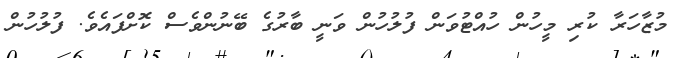
މުޒާހަރާ ކުރި މީހުން ހުއްޓުވަން ފުލުހުން ވަނީ ބާރުގެ ބޭނުންވެސް ކޮށްފައެވެ. ފުލުހުން